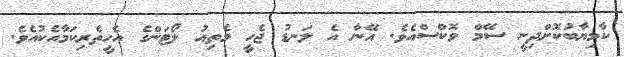
ކާމިޔާބުކޮށްދިނީ ސޭމް ވޮކްސްއެވެ. އޭނާ އެ ލަނޑު ޖެހީ މެތިއު ލޯޓަންގެ އެހީތެރިކަމާއެކުއެވެ.